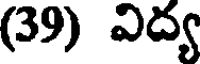
(39) విద్య